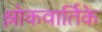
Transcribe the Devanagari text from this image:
श्लोकवार्तिके